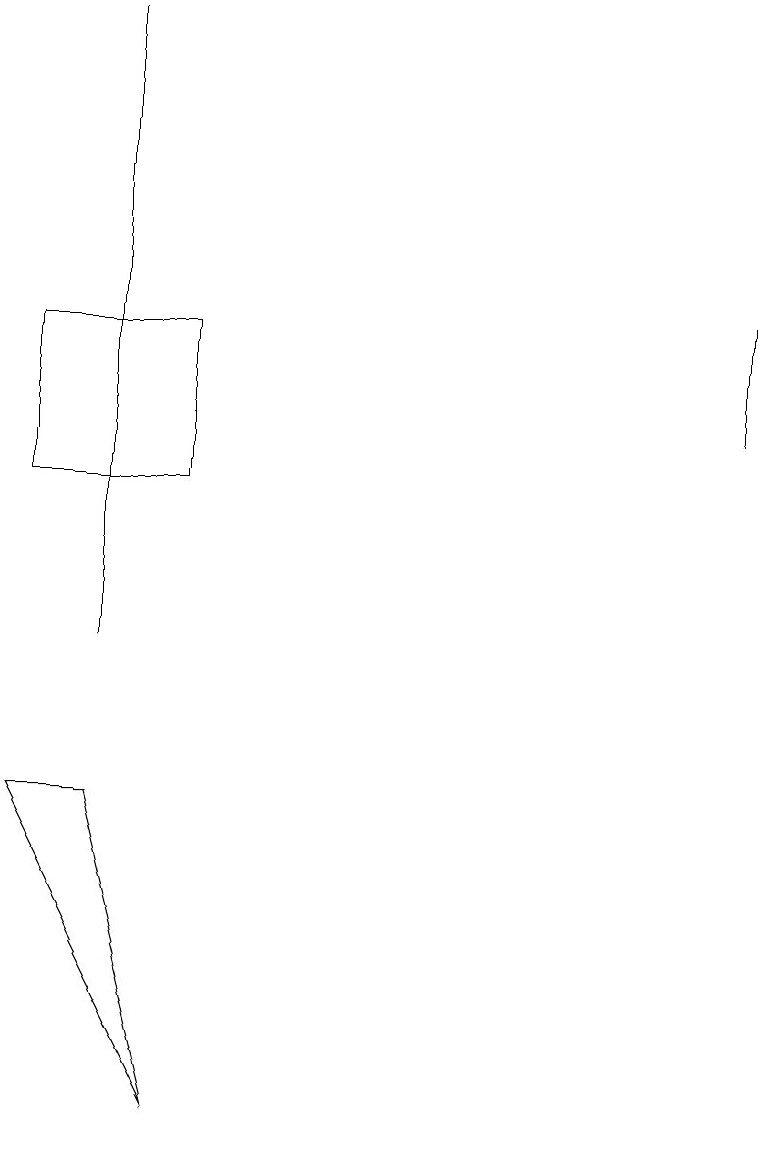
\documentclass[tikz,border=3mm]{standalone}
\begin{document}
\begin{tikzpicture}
\draw (2,12) rectangle (0,14);
\draw (0,8) -- (2,4) -- (1,8) -- cycle;
\draw[->] (9,13) -- (9,16);
\draw (1,10) rectangle (1,18);
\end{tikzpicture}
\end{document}